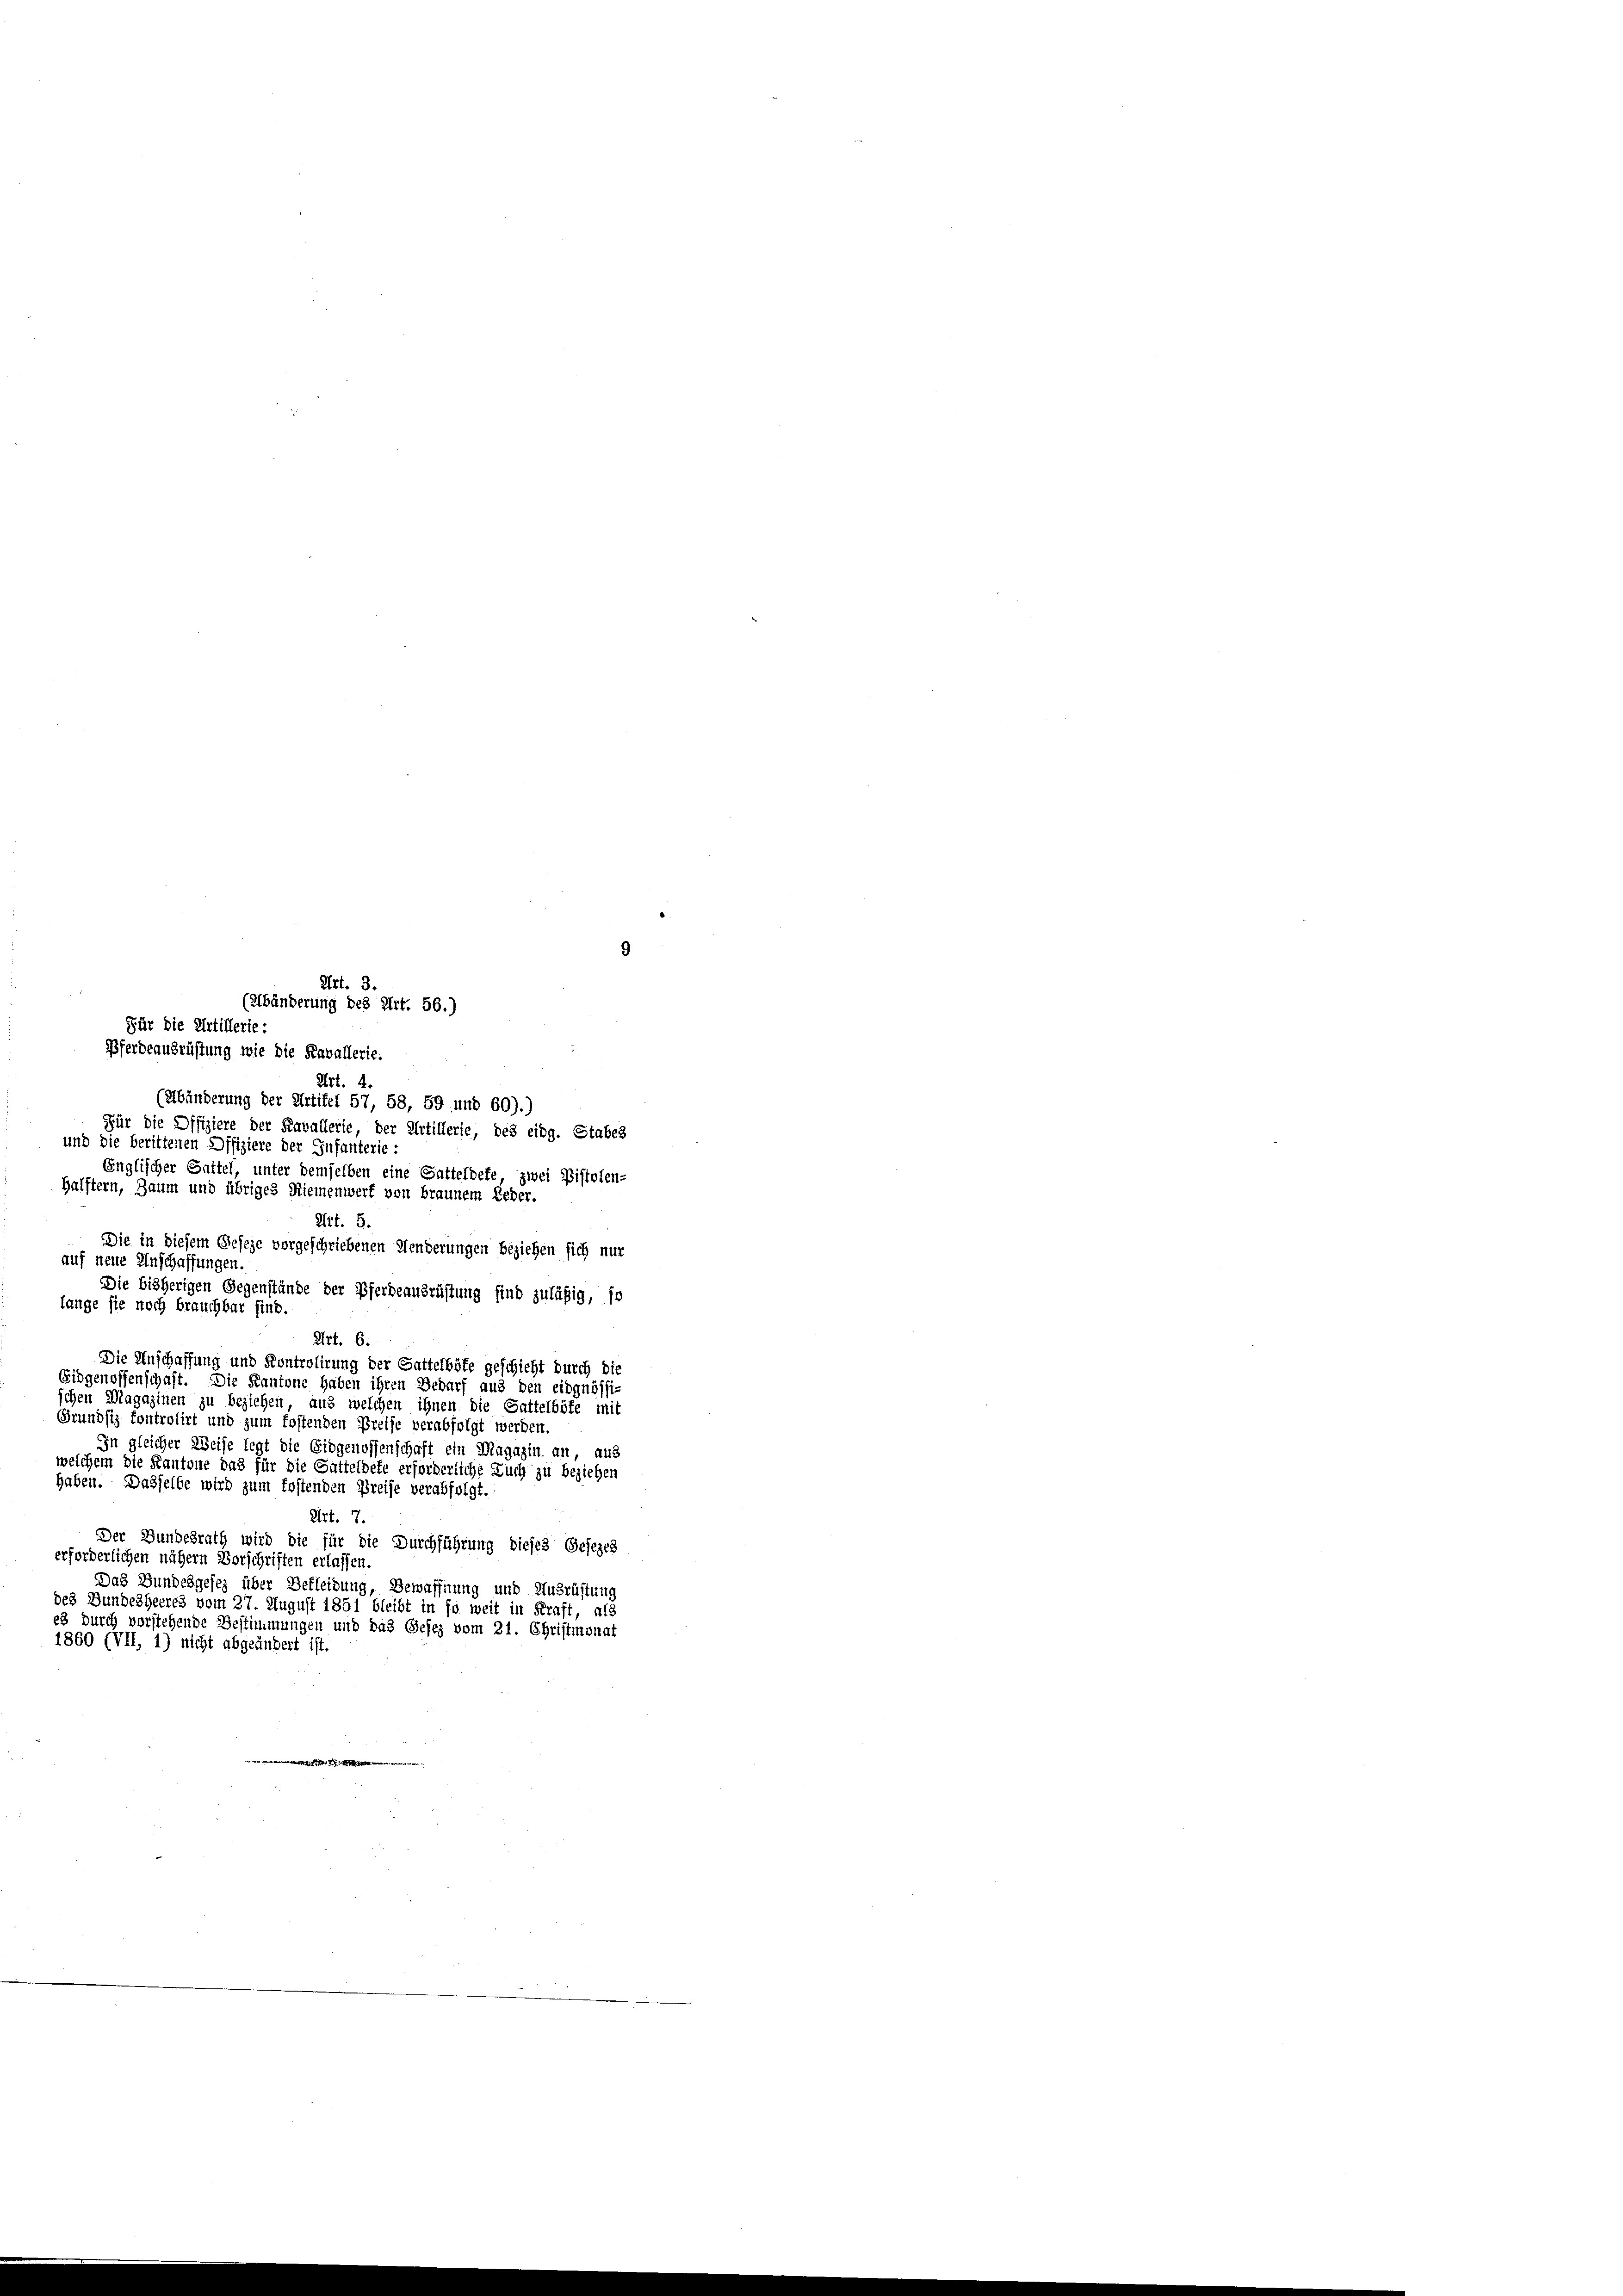
Art. 3.
(elbänderung des Art. 56.)
Art. 4

Für die Artillerie:
Pferdeausrüstung wie die Kavallerie.
(Erbänderung der Artikel 57, 58, 59 und 60).)
Für die Offiziere der Kavallerie, der Artillerie, des eidg. Stabes
und die berittenen Offiziere der Infanterie:
Englischer Gattel, unter demselben eine Gatteldete zwei Pistolen-
Halftern, Zaum und übriges Riemenwerf von braunem Leder.
Art. 5.
Die in diesem Geseze vorgeschriebenen Henderungen beziehen sich nur
auf neue Anschaffungen.
Die bisherigen Gegenstände der Pferdeausrüstung sind zuläßig, so
lange sie noch brauchbar sind.
Art. 6.
Die Anschaffung und Kontrolirung der Gattelböte geschieht durch die
Eidgenossenschaft. Die Kantone haben ihren Bedarf aus den eidgnössi-
schen Magazinen zu beziehen, aus welchen ihnen die Gattelböfe mit
Grundsiz kontrolirt und zum kostenden Preise verabfolgt werden.
In gleicher Weise legt die Eidgenossenschaft ein Magazin an, aus
welchem die Kantone das für die Gatteldete erforderliche Euch zu beziehen
haben. Dasselbe wird zum kostenden Preise verabfolgt.
Art. 7.
Der Bundesrath wird die für die Durchführung dieses Gesezes
erforderlichen nähern Vorschriften erlassen.
Das Bundesgesez über Bekleidung, Bewaffnung und Ausrüstung
des Bundesheeres vom 27. August 1851 bleibt in so weit in Kraft, als
es durch vorstehende Bestimmungen und das Gesez vom 21. Christmonat
1860 (VII, 1) nicht abgeändert ist.